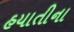
હયાતીના